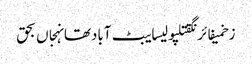
زخمیفائرنگقتلپولیسایبٹ آبادتھانہجاں بحق